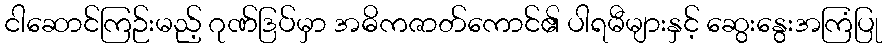
ငါဆောင်ကြဉ်းမည့် ဂုဏ်ဒြပ်မှာ အဓိကဇာတ်ကောင်၏ ပါရမီများနှင့် ဆွေးနွေးအကြံပြု